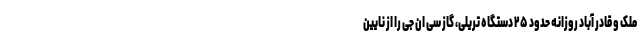
ملک و قادر آباد روزانه حدود ۲۵ دستگاه تریلی، گاز سی ان جی را از نایین